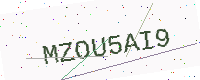
Text: MZOU5AI9